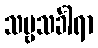
သဗ္ဗသင်္ခါရာ